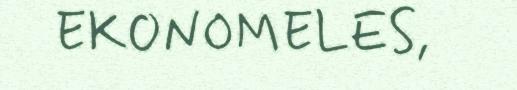
EKONOMELES,